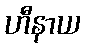
ဟီနာယ